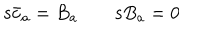
\mathrm { s } \bar { c } _ { a } = B _ { a } \qquad \mathrm { s } B _ { a } = 0